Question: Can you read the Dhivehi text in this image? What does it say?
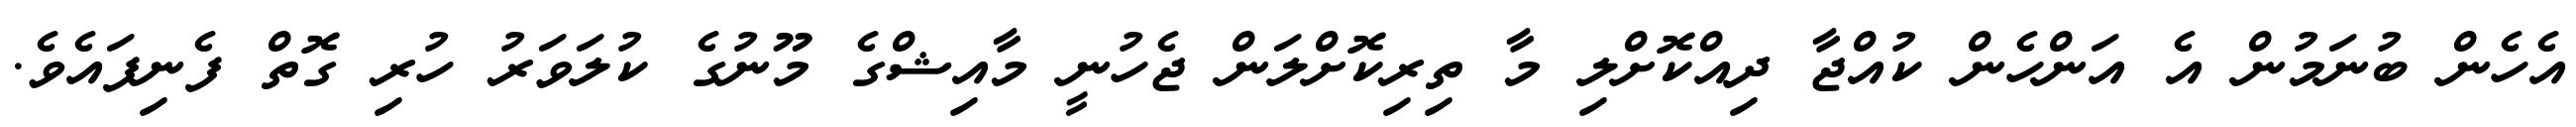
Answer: އެހެން ބުނަމުން އެ އަންހެން ކުއްޖާ ދިއްކޮށްލި މާ ތިރިކޮށްލަން ޖެހުނީ މާއިޝްގެ މޫނުގެ ކުލަވަރު ހުރި ގޮތް ފެނިފައެވެ.